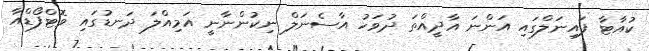
ކުއާޓާ ފައިނަލްގައި އަންނަ އާދީއްތަ ދުވަހު އާސެނަލް ނިކުންނާނީ އަމިއްލަ ދަނޑުގައި ވޮޓްފޯޑްއާ